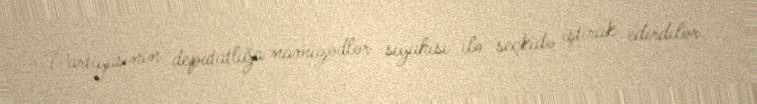
Partiyasının deputatlığa namizədlər siyahısı ilə seçkidə iştirak edirdilər.